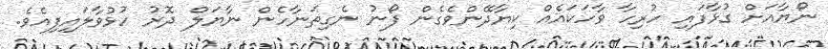
ނޯޔާއަށް ގުޅާފައި ހުރިހާ ވާހަކައެއް ކިޔާދޭންވެގެން ފޯނު ނެގިތަނާހެން ނާޔަލް ދޮރު ހުޅުވާލައިފިއެވެ.